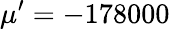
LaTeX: \mu^{\prime}=-178000